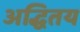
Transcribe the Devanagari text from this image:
अद्धितय